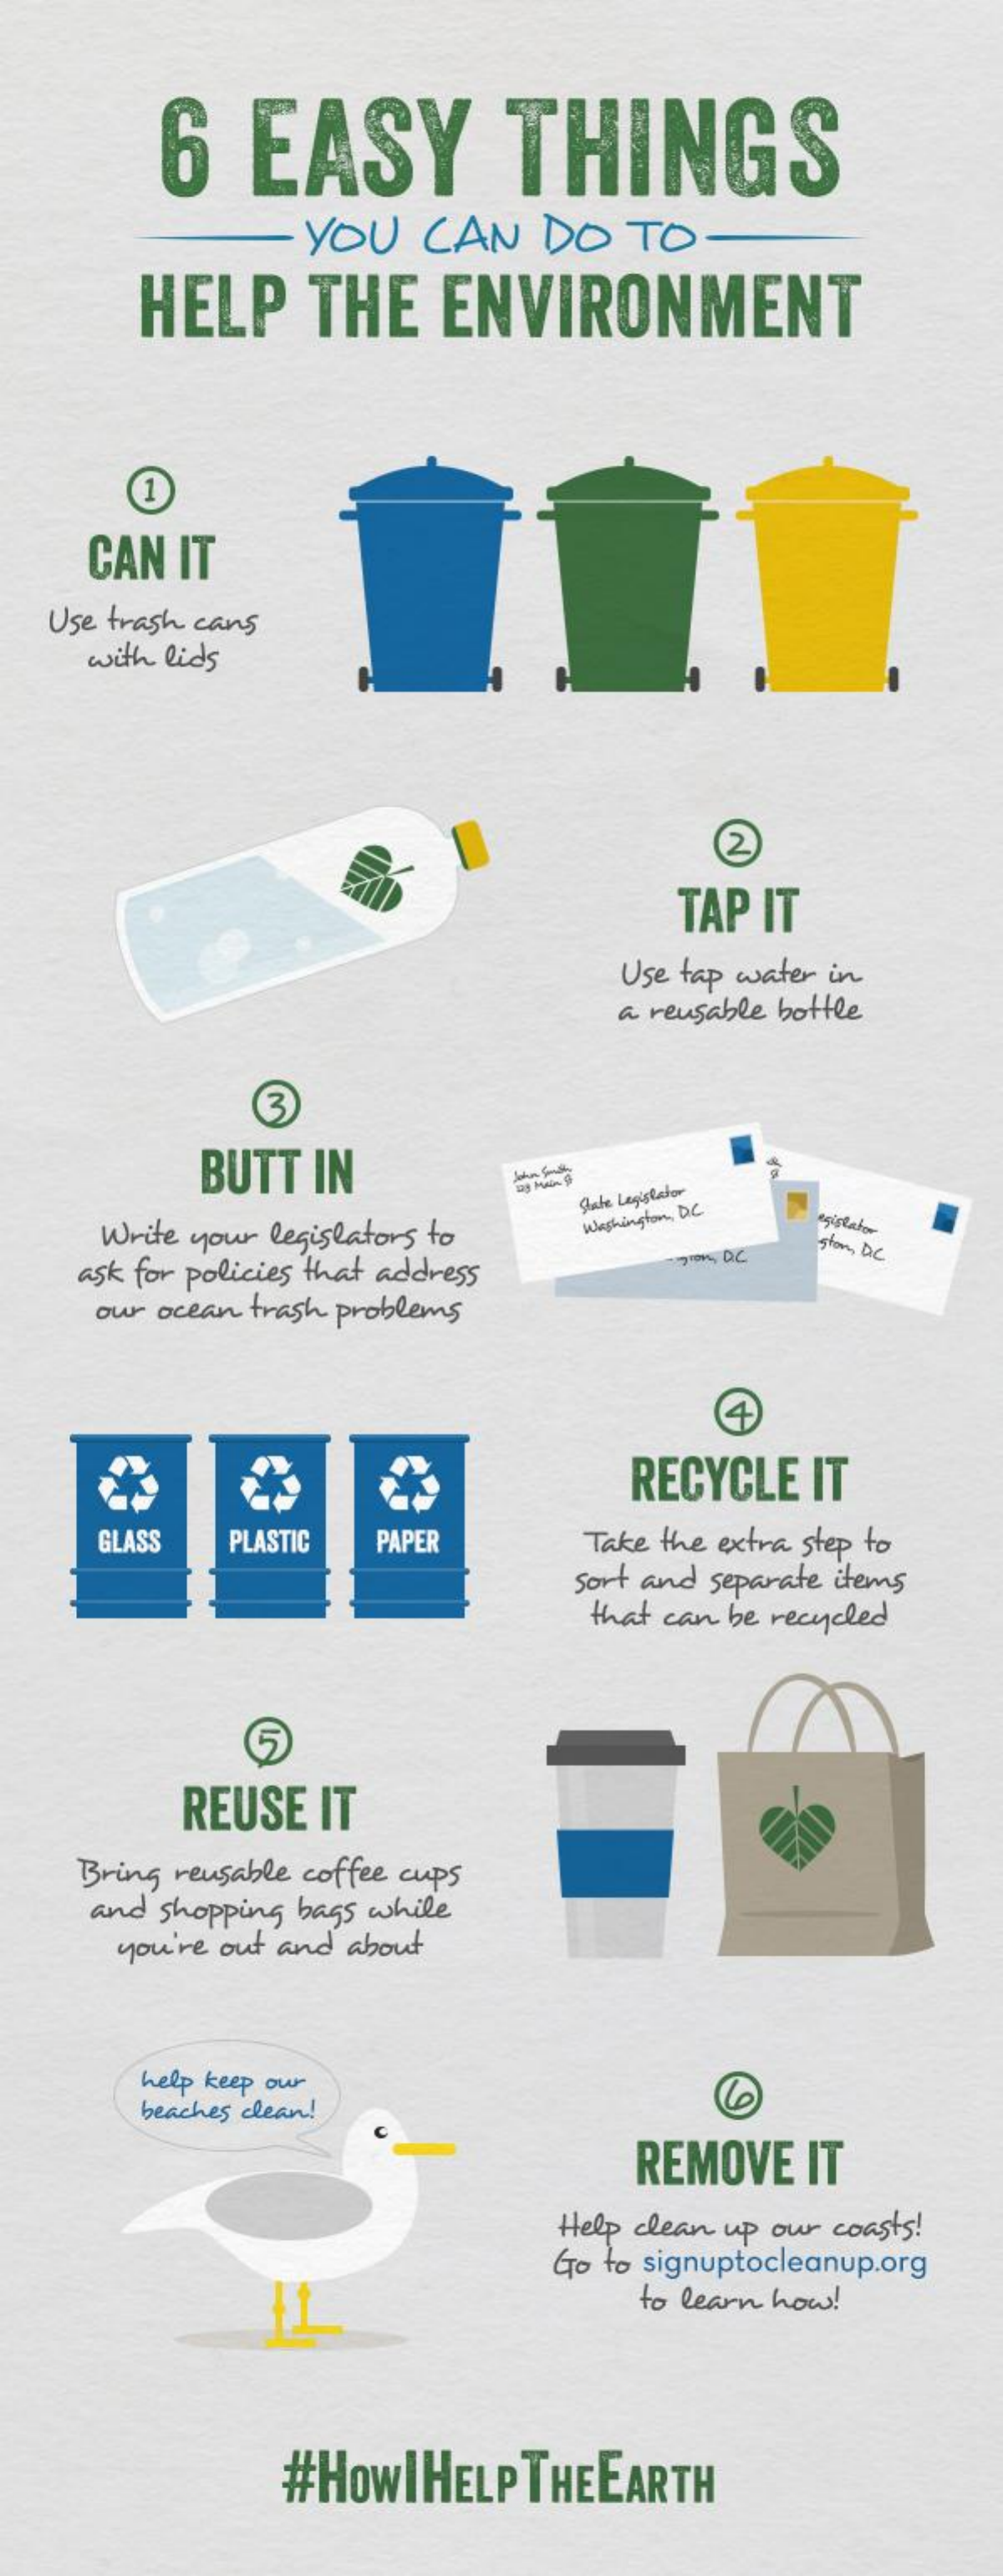
6  EASY    THINGS
     YOU  CAN  DO  TO
     HELP    THE  ENVIRONMENT
     1
    CAN IT
   Use trash cans
    with lids
     2
     TAP IT
     Use tap water in
     a reusable bottle
     3
     BUTT IN
     Write your legislators to
     State Legislator
     Washington DC
     egislator
     stor, DC
    ask for policies that address
     our ocean trash problems
     4
     RECYCLE IT
     GLASS PLASTIC PAPER  Take the extra step to
     sort and separate items
     that can be recycled
     5
     REUSE IT
    Bring reusable coffee cups
    and shopping bags while
     you're out and about
     help keep our
     beaches clean!
     REMOVE  IT
     Help clean up our coasts !
     Go to signuptocleanup.org
     to learn how !
     #HowIHELP THEEARTH